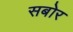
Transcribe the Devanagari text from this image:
सबोर